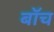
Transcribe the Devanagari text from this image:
बॉच